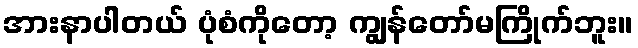
အားနာပါတယ် ပုံစံကိုတော့ ကျွန်တော်မကြိုက်ဘူး။